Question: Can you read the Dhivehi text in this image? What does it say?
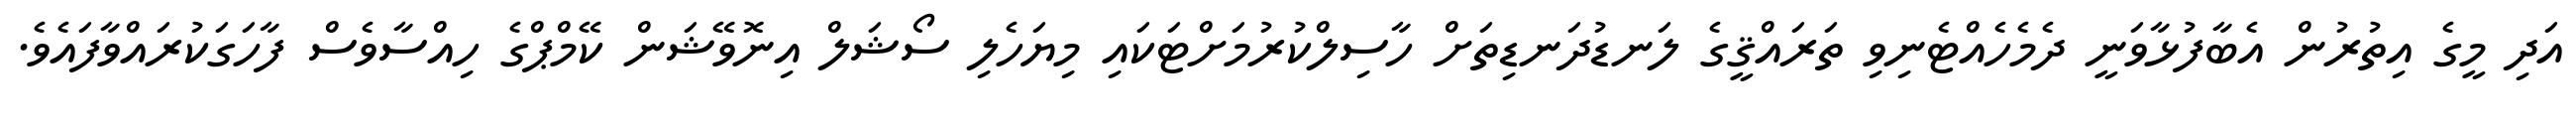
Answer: އަދި މީގެ އިތުރުން އެބާފުޅާވަނީ ދެމެހެއްޓެނިވި ތަރައްޤީގެ ލަނޑުދަނޑިތަށް ހާސިލްކުރުމަށްޓަކައި މިޔަހެލި ސޯޝަލް އިނޮވޭޝަން ކޭމްޕްގެ ހިއްސާވެސް ފާހަގަކުރައްވާފައެވެ.